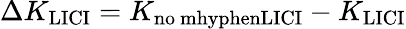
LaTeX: \Delta K_{\mathrm{LICI}}=K_{\mathrm{no\ mhyphenLICI}}-K_{\mathrm{LICI}}